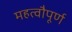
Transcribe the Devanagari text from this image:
महत्वौपूर्ण